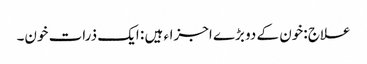
علاج :خون کے دو بڑے اجزاء ہیں : ایک ذرات خون۔